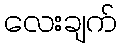
လေးချက်